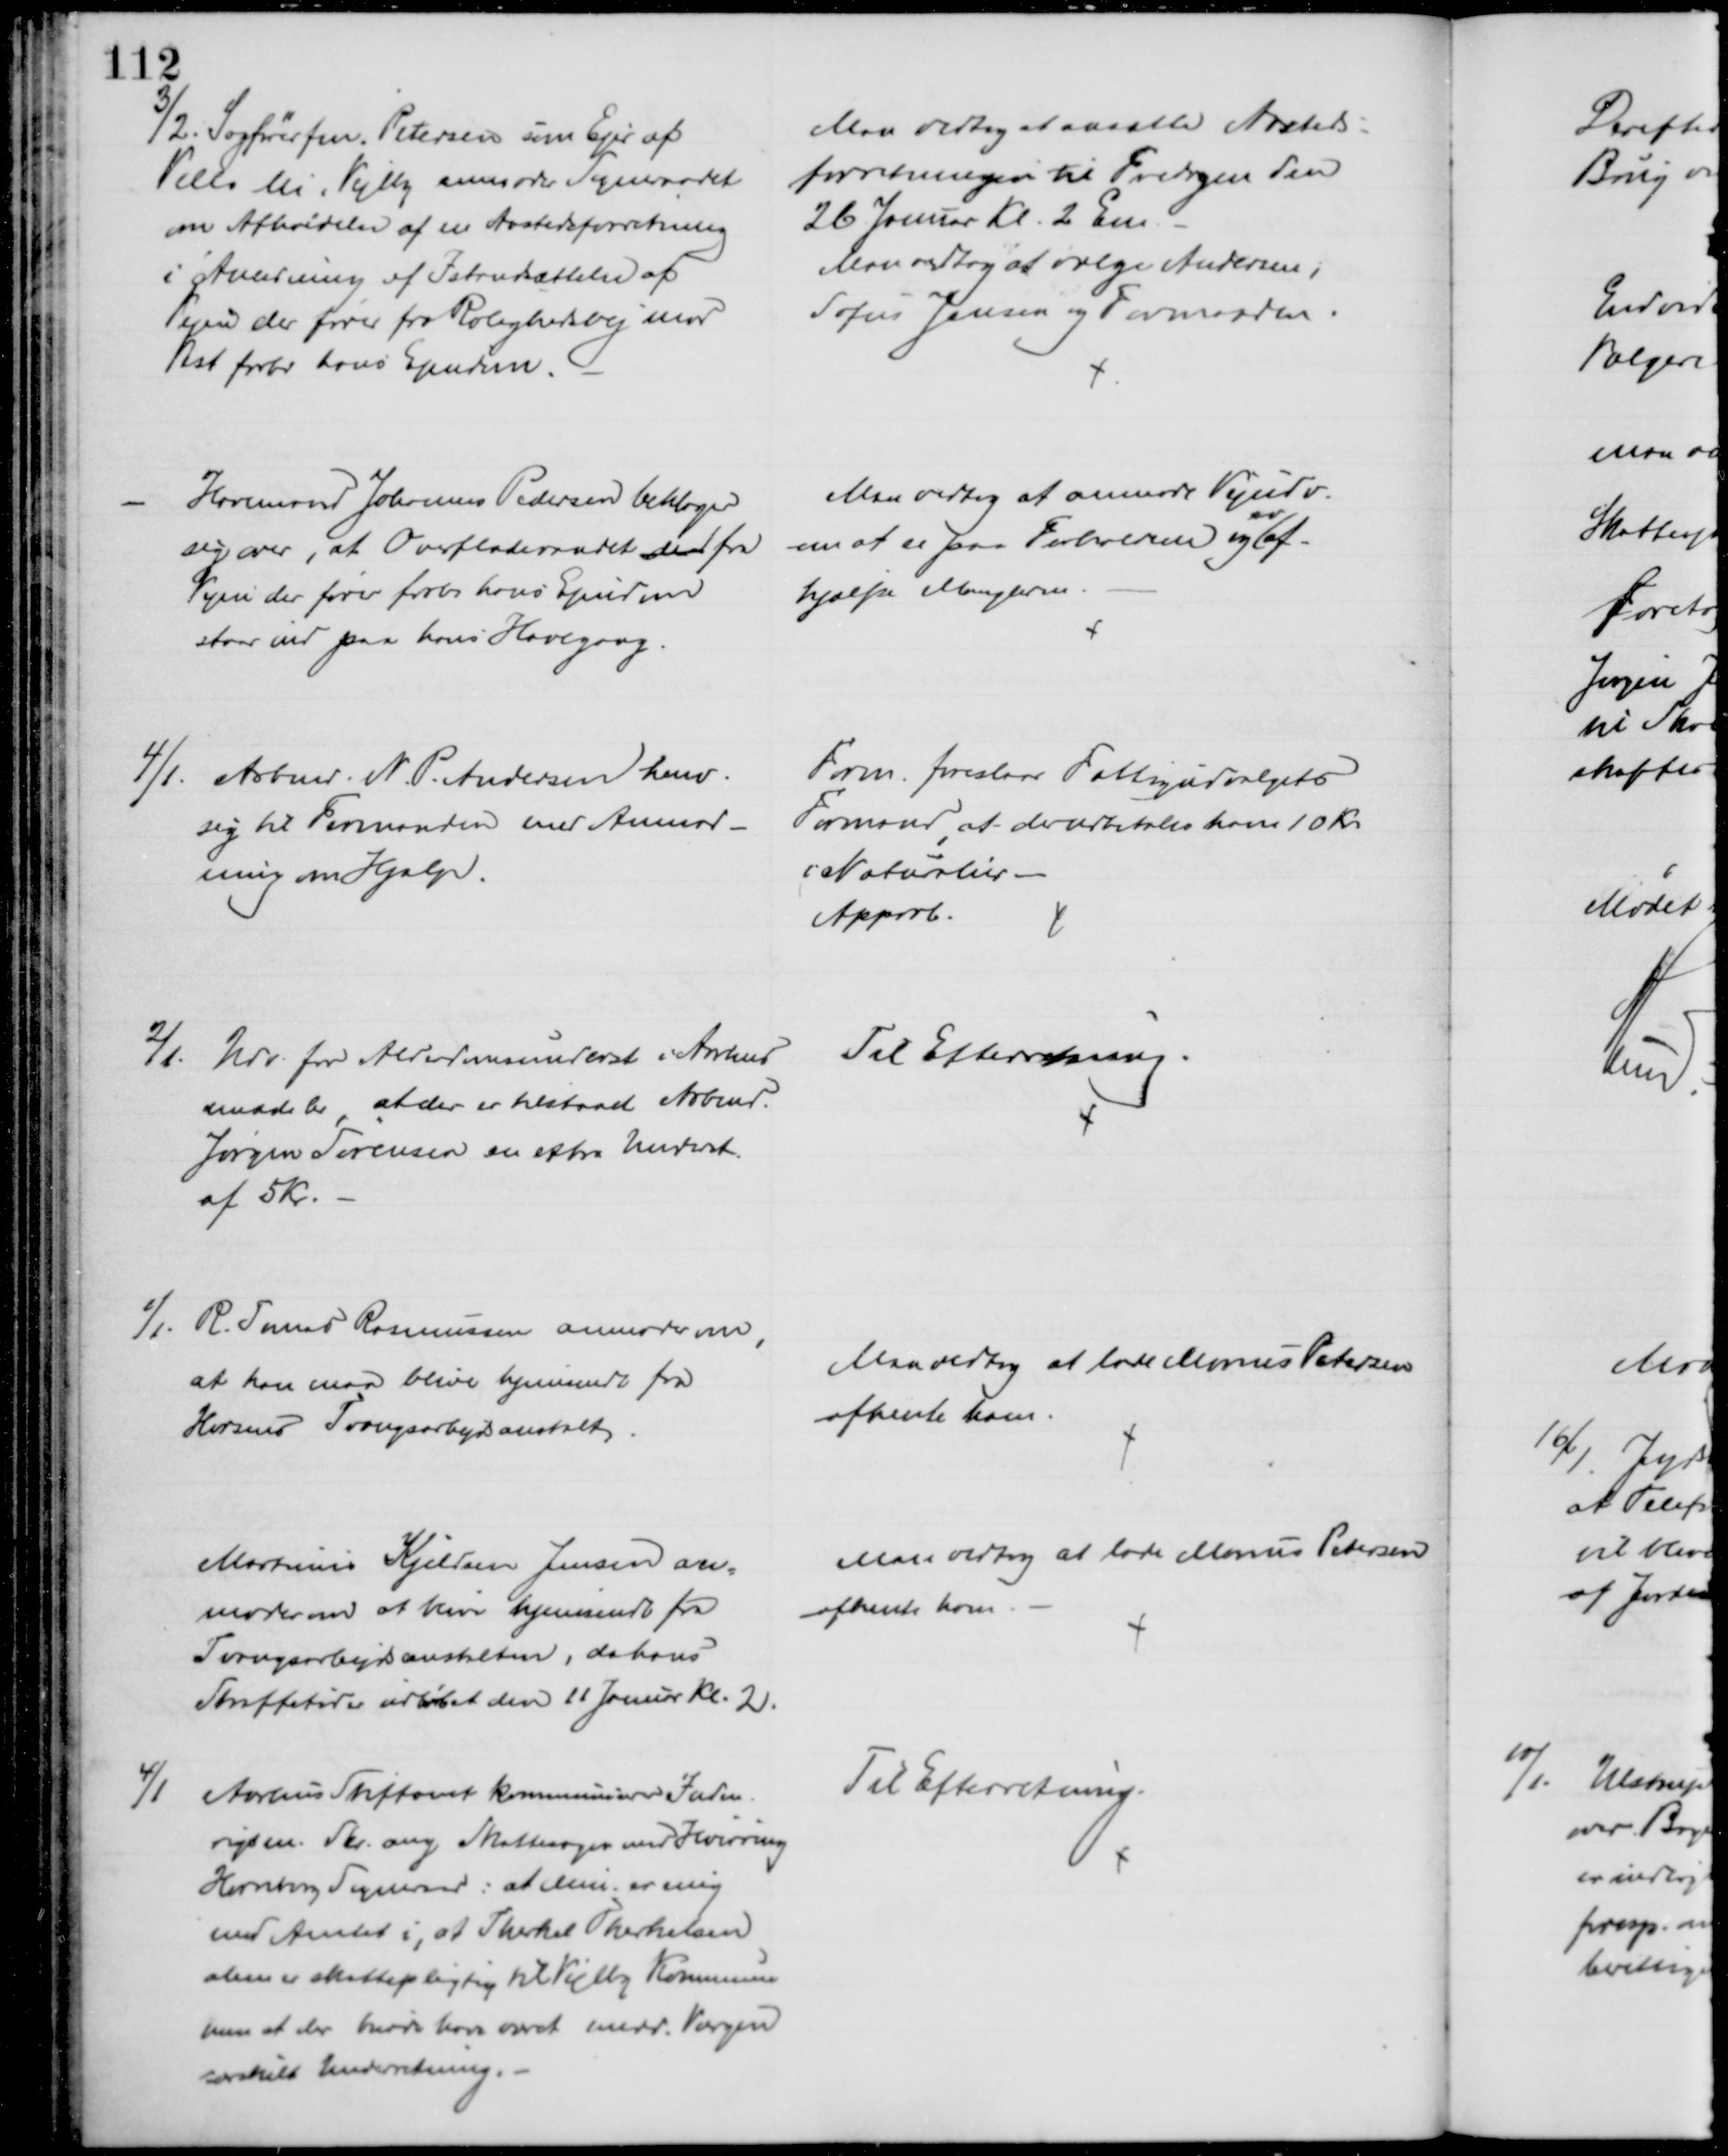
Transskription:
3/2. Sagførerfm. Petersen som Ejer af
Villa Mi i Vejlby anmoder Sogneraadet
om Afholdelse af en Aastedsforretning
i Anledning af Istandsættelse af
Vejen der fører fra Rolighedsvej mod
Vest forbi hans Ejendom.
Man vedtog at ansætte Aasteds=
forretningen til Fredagen den
26 Januar Kl. 2 Em.
Man vedtog at vælge Andersen,
Sofus Jensen og Formanden.
Havemand Johannes Pedersen beklager
sig over, at Overfladevandet der fra
Vejen der fører forbi hans Ejendom
staar ind paa hans Havegang.
Man vedtog at anmode Vejudv.
om at se paa Forholdene og 
ev
af-
hjælpe Manglerne.
4/1. Arbmd. N. P. Andersen henv.
sig til Formanden med Anmod-
ning om Hjælp.
Form foreslaar Fattigudvalgets
Formand, at der udbetales ham 10 Kr
i Naturlier
Approb.
2/1. Udv. for Alderdomsunderst i Aarhus
meddeler, at der er tilstaaet Arbmd.
Jørgen Sørensen en extra Underst.
af 5 kr.
Til Efterretning.
2/1. R. Tomas Rasmussen anmoder om,
at han maa blive hjemsendt fra
Horsens Tvangsarbejdsanstalt
Man vedtog at lade Marius Petersen
afhente ham
Martinus Kjeldsen Jensen an=
moder om at blive hjemsendt fra
Tvangsarbejdsanstalten, da hans
Straffetid er udløbet den 11 Januar Kl. 2.
Man vedtog at lade Marius Petersen
afhente ham
4/1
Aarhus Stiftamt kommunicerer Inden-
rigsm. Skr. ang Skattesagen med Hvirring
Hornborg Sogneraad: at Min. er enig
med Amtet i, at Therkel Therkelsen
alene er skattepligtig til Vejlby Kommune 
men at der burde have været medd. Værgen
særskilt Underretning.
Til Efterretning.